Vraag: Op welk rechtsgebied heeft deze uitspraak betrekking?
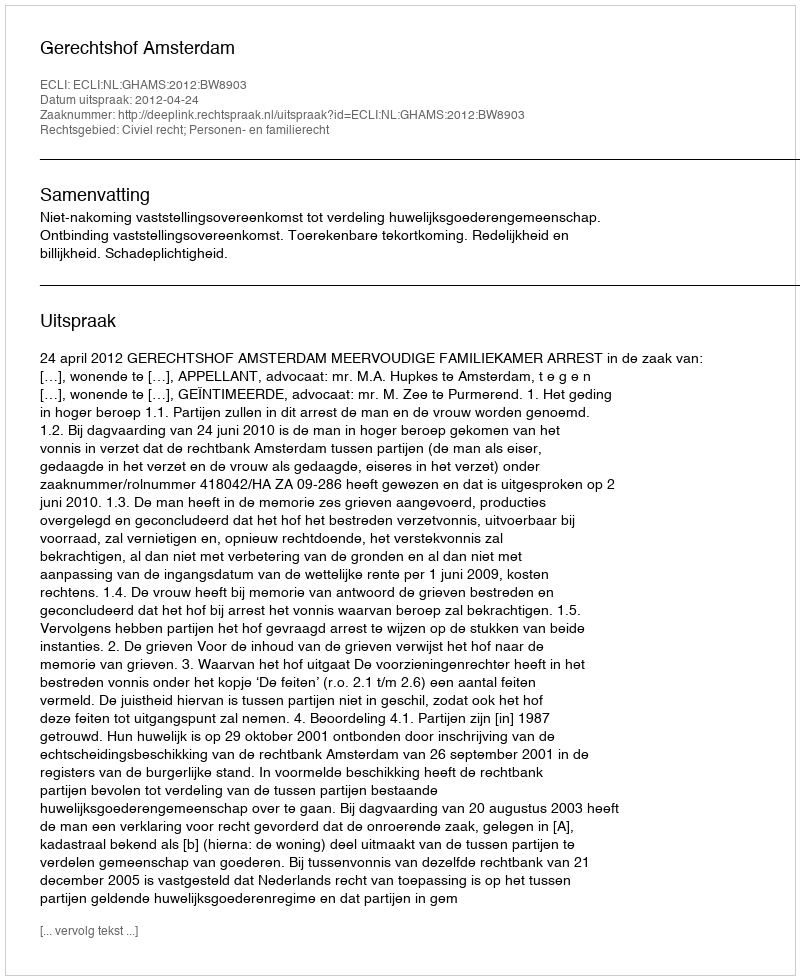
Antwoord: Civiel recht; Personen- en familierecht